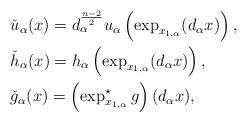
LaTeX: \begin{align*}&\check{u}_\alpha(x) = d_\alpha^{\frac{n-2}{2}} u_\alpha\left(\exp_{x_{1,\alpha}} (d_\alpha x) \right),\\&\check{h}_\alpha(x) = h_\alpha\left(\exp_{x_{1,\alpha}}(d_\alpha x) \right),\\&\check{g}_\alpha(x) = \left(\exp^\star_{x_{1,\alpha}} g \right) (d_\alpha x),\end{align*}